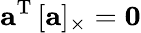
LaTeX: \mathbf{a}^{\mathrm{T}}\, [\mathbf{a}]_{\times}=\mathbf{0}